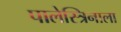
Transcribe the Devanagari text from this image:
पालेस्त्रिनाला